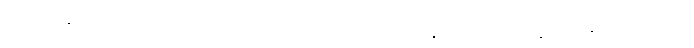
သက်ရှိ ဆဲလ်များတွင် အရေးပါသည့် ကဏ္ဍမှ ပါဝင်နေသည့် နျူကလစ်အက်ဆစ် တစ်မျိုးဖြစ်သည်။